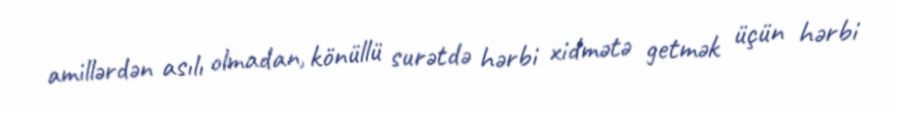
amillərdən asılı olmadan, könüllü surətdə hərbi xidmətə getmək üçün hərbi